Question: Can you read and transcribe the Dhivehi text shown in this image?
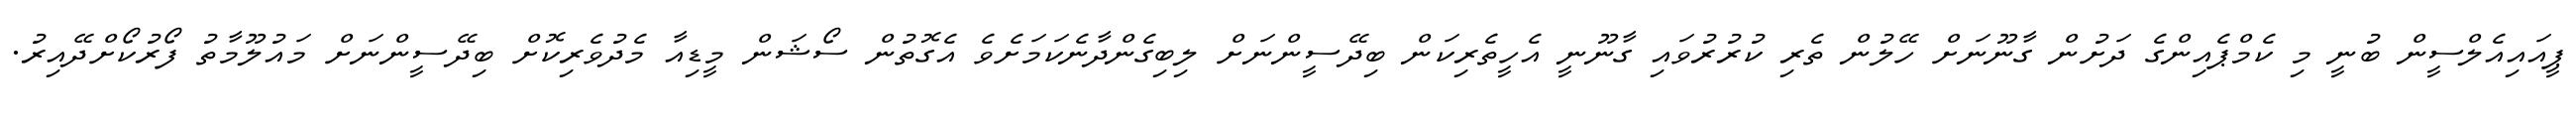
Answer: ޕީއައިއެލްސީން ބުނީ މި ކެމްޕެއިންގެ ދަށުން ގާނޫނަށް ހޭލުން ތެރި ކުރުރުވައި ގާނޫނީ އެހީތެރިކަން ބިދޭސީންނަށް ލިބިގެންދާނެކަމަށެވެ އެގޮތުން ސޯޝަން މީޑިއާ މެދުވެރިކޮށް ބިދޭސީންނަށް މައުލޫމާތު ފޯރުކޯށްދޭއިރު.